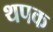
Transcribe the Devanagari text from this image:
थपक